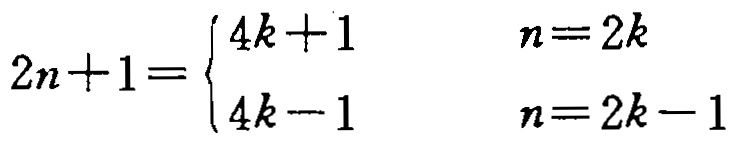
\[
2n + 1 =
\begin{cases}
4k + 1 & n = 2k \\
4k - 1 & n = 2k - 1
\end{cases}
\]